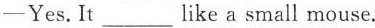
—Yes.It ___ like a small mouse.